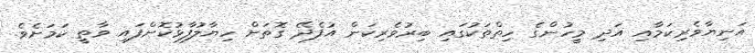
އަނިޔާވެރިކަމާއި އަދި މީހުންގެ ހިތްތަކުގައި ބިރުވެރިކަން އުފެދޭ ގޮތަށް ހިޔާލުފާޅުކޮށްފައި ވާތީ ކަމަށެވެ.